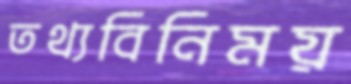
তথ্যবিনিময়